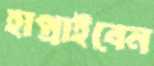
হাপ্‌রাইবেন